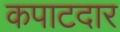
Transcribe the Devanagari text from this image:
कपाटदार